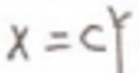
$x = c ^ { r }$